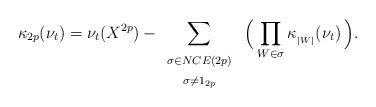
LaTeX: \begin{align*} \kappa_{2p} ( \nu_t ) = \nu_t (X^{2p}) - \sum_{ \begin{array}{c}{ \scriptstyle \sigma \in NCE(2p) } \\{ \scriptstyle \sigma \neq 1_{2p} } \end{array} } \ \Bigl( \, \prod_{W \in \sigma} \kappa_{ { }_{|W|} } ( \nu_t ) \, \Bigr).\end{align*}